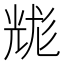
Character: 𰃐